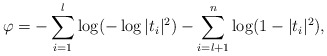
\begin{align*}\varphi=-\sum_{i=1}^{l}\log(-\log |t_i|^2)-\sum_{i=l+1}^{n}\log(1-|t_i|^2),\end{align*}